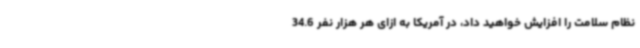
نظام سلامت را افزایش خواهید داد، در آمریکا به ازای هر هزار نفر 34.6